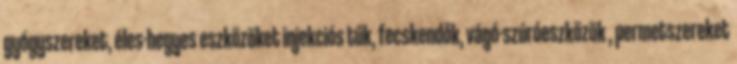
gyógyszereket, éles-hegyes eszközöket injekciós tűk, fecskendők, vágó-szúróeszközök , permetszereket